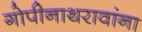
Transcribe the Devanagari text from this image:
गोपीनाथरावांना